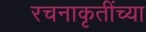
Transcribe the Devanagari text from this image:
रचनाकृतींच्या